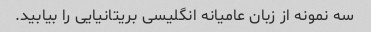
سه نمونه از زبان عامیانه انگلیسی بریتانیایی را بیابید.